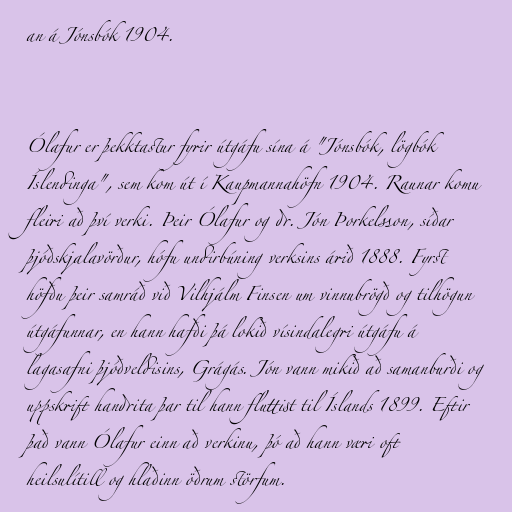
an á Jónsbók 1904.

Ólafur er þekktastur fyrir útgáfu sína á "Jónsbók, lögbók
Íslendinga", sem kom út í Kaupmannahöfn 1904. Raunar komu
fleiri að því verki. Þeir Ólafur og dr. Jón Þorkelsson, síðar
þjóðskjalavörður, hófu undirbúning verksins árið 1888. Fyrst
höfðu þeir samráð við Vilhjálm Finsen um vinnubrögð og tilhögun
útgáfunnar, en hann hafði þá lokið vísindalegri útgáfu á
lagasafni þjóðveldisins, Grágás. Jón vann mikið að samanburði og
uppskrift handrita þar til hann fluttist til Íslands 1899. Eftir
það vann Ólafur einn að verkinu, þó að hann væri oft
heilsulítill og hlaðinn öðrum störfum.